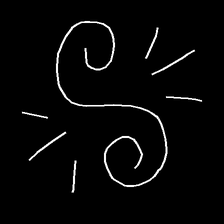
Glyph: wind-directs-air